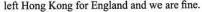
left Hong Kong for England and we are fine.